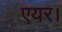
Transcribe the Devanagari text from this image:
एयर।